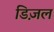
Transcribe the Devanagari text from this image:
डिज़ल